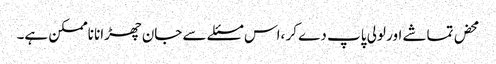
محض تماشے اور لولی پاپ دے کر ،اس مسئلے سے جان چھڑانا ناممکن ہے۔